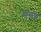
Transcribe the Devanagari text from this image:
ससंघ